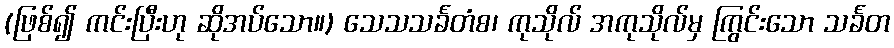
(ဖြစ်၍ ကင်းပြီးဟု ဆိုအပ်သော။) သေသသင်္ခတံစ၊ ကုသိုလ် အကုသိုလ်မှ ကြွင်းသော သင်္ခတ